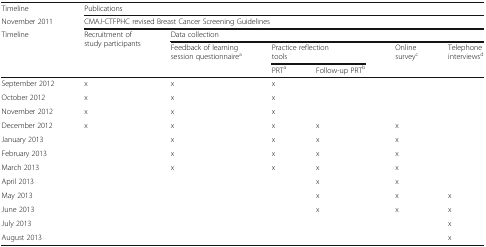
<table><thead><tr><td><b>Timeline</b></td><td colspan="6"><b>Publications</b></td></tr><tr><td><b>November 2011</b></td><td colspan="6"><b>CMAJ-CTFPHC revised Breast Cancer Screening Guidelines</b></td></tr><tr><td rowspan="3"><b>Timeline</b></td><td rowspan="3"><b>Recruitment of study participants</b></td><td colspan="5"><b>Data collection</b></td></tr><tr><td rowspan="2"><b>Feedback of learning session questionnaire<sup>a</sup></b></td><td colspan="2"><b>Practice reflection tools</b></td><td rowspan="2"><b>Online survey<sup>c</sup></b></td><td><b>Telephoneinterviews<sup>d</sup></b></td></tr><tr><td><b>PRT<sup>a</sup></b></td><td><b>Follow-up PRT<sup>b</sup></b></td><td></td></tr></thead><tbody><tr><td>September 2012</td><td>x</td><td>x</td><td>x</td><td></td><td></td><td></td></tr><tr><td>October 2012</td><td>x</td><td>x</td><td>x</td><td></td><td></td><td></td></tr><tr><td>November 2012</td><td>x</td><td>x</td><td>x</td><td></td><td></td><td></td></tr><tr><td>December 2012</td><td>x</td><td>x</td><td>x</td><td>x</td><td>x</td><td></td></tr><tr><td>January 2013</td><td></td><td>x</td><td>x</td><td>x</td><td>x</td><td></td></tr><tr><td>February 2013</td><td></td><td>x</td><td>x</td><td>x</td><td>x</td><td></td></tr><tr><td>March 2013</td><td></td><td>x</td><td>x</td><td>x</td><td>x</td><td></td></tr><tr><td>April 2013</td><td></td><td></td><td></td><td>x</td><td>x</td><td></td></tr><tr><td>May 2013</td><td></td><td></td><td></td><td>x</td><td>x</td><td>x</td></tr><tr><td>June 2013</td><td></td><td></td><td></td><td>x</td><td>x</td><td>x</td></tr><tr><td>July 2013</td><td></td><td></td><td></td><td></td><td></td><td>x</td></tr><tr><td>August 2013</td><td></td><td></td><td></td><td></td><td></td><td>x</td></tr></tbody></table>